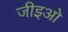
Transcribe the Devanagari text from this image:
जीइओ